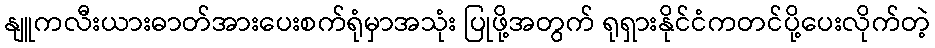
နျူကလီးယားဓာတ်အားပေးစက်ရုံမှာအသုံး ပြုဖို့အတွက် ရုရှားနိုင်ငံကတင်ပို့ပေးလိုက်တဲ့